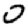
Digit: 0